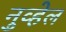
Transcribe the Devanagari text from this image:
नुव्हेल